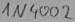
Text: 1N4002